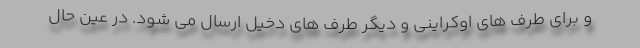
و برای طرف های اوکراینی و دیگر طرف های دخیل ارسال می شود. در عین حال